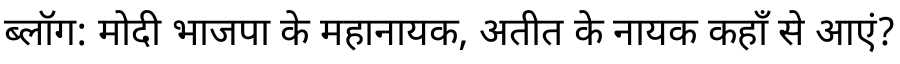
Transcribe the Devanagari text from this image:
ब्लॉग: मोदी भाजपा के महानायक, अतीत के नायक कहाँ से आएं?